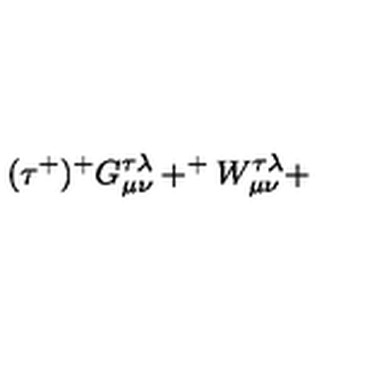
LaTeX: ( \tau ^ { + } ) ^ { + } G _ { \mu \nu } ^ { \tau \lambda } + ^ { + } W _ { \mu \nu } ^ { \tau \lambda } +